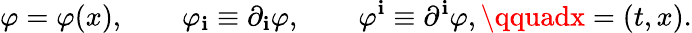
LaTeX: \varphi=\varphi(x),\qquad\varphi_{\mathbf{i}}\equiv\partial_{\mathbf{i}}\varphi,\qquad\varphi^{\mathbf{i}}\equiv\partial^{\mathbf{i}}\varphi,\qquadx=(t,x).